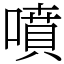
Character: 噴